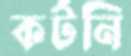
কর্টনি